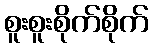
စူးစူးစိုက်စိုက်